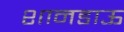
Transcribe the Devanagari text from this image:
शानडाऊ